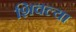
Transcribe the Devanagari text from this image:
शिवल्या